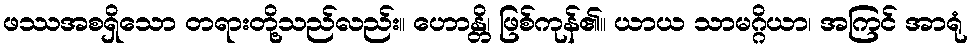
ဖဿအစရှိသော တရားတို့သည်လည်း။ ဟောန္တိ၊ ဖြစ်ကုန်၏။ ယာယ သာမဂ္ဂိယာ၊ အကြင် အာရုံ